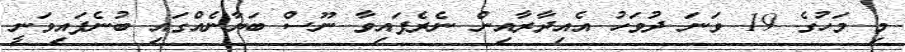
މި މަހުގެ 19 ވަނަ ދުވަހު އެއިދާރާއިން ނެރެފައިވާ ނޫސް ބަޔާނެއްގައި ބުނެފައިވަނީ